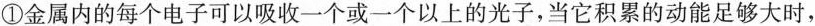
①金属内的每个电子可以吸收一个或一个以上的光子，当它积累的动能足够大时，